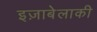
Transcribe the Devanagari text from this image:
इज़ाबेलाकी